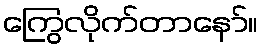
ကြွေလိုက်တာနော်။